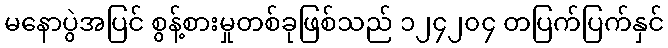
မနောပွဲအပြင် စွန့်စားမှုတစ်ခုဖြစ်သည် ၁၂၄၂၀၄ တပြက်ပြက်နှင်